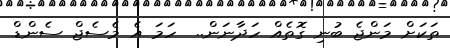
ތަކަށް މަންޖެ ބުނި ގޮތެއް ހަދާނަން..  ހަމަ އެ މެސެޖް ސެންޑް